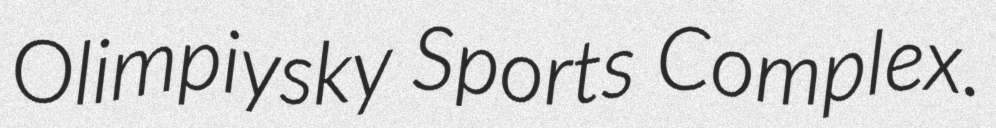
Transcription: Olimpiysky Sports Complex.